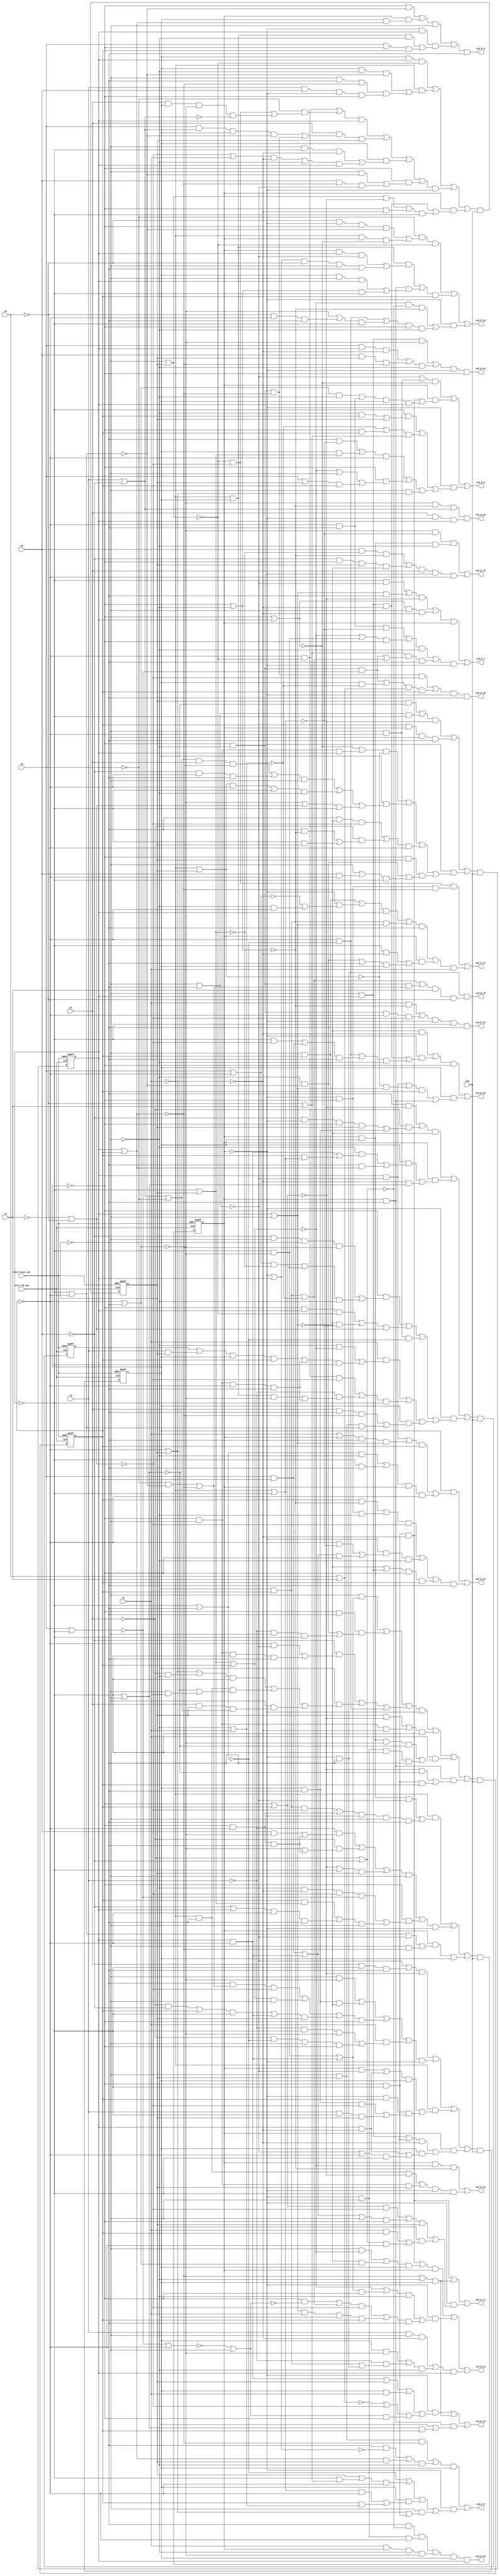
module s1488_bench(
  blif_clk_net,
  blif_reset_net,
  CLR,
  v6,
  v5,
  v4,
  v3,
  v2,
  v1,
  v0,
  v13_D_20,
  v13_D_21,
  v13_D_16,
  v13_D_22,
  v13_D_19,
  v13_D_18,
  v13_D_11,
  v13_D_23,
  v13_D_6,
  v13_D_15,
  v13_D_9,
  v13_D_10,
  v13_D_8,
  v13_D_24,
  v13_D_14,
  v13_D_7,
  v13_D_17,
  v13_D_12,
  v13_D_13);
input blif_clk_net;
input blif_reset_net;
input CLR;
input v6;
input v5;
input v4;
input v3;
input v2;
input v1;
input v0;
output v13_D_20;
output v13_D_21;
output v13_D_16;
output v13_D_22;
output v13_D_19;
output v13_D_18;
output v13_D_11;
output v13_D_23;
output v13_D_6;
output v13_D_15;
output v13_D_9;
output v13_D_10;
output v13_D_8;
output v13_D_24;
output v13_D_14;
output v13_D_7;
output v13_D_17;
output v13_D_12;
output v13_D_13;
reg v12;
reg v11;
reg v10;
reg v9;
reg v8;
reg v7;
wire IIII88;
wire IIII108;
wire IIII267;
wire Av13_D_23B;
wire C199D;
wire IIII365;
wire C131DE;
wire C26D;
wire IIII188;
wire C172D;
wire C185D;
wire C119D;
wire IIII134;
wire IIII27;
wire IIII547;
wire IIII534;
wire IIII177;
wire IIII197;
wire IIII28;
wire IIII226;
wire IIII253;
wire C161D;
wire IIII300;
wire IIII468;
wire C76D;
wire IIII145;
wire IIII203;
wire IIII93;
wire II659;
wire II686;
wire IIII263;
wire C168D;
wire II689;
wire C27D;
wire C110D;
wire IIII69;
wire IIII288;
wire IIII83;
wire C160D;
wire IIII405;
wire IIII41;
wire C90D;
wire v13_D_1;
wire IIII387;
wire Av13_D_13B;
wire C29D;
wire IIII34;
wire IIII429;
wire IIII236;
wire II704;
wire C123D;
wire C153D;
wire C124DE;
wire IIII500;
wire IIII409;
wire IIII321;
wire IIII489;
wire IIII498;
wire C99D;
wire v3E;
wire IIII296;
wire IIII518;
wire IIII129;
wire C82D;
wire v4E;
wire IIII442;
wire IIII318;
wire C104DE;
wire C38D;
wire IIII161;
wire IIII506;
wire v13_D_2C;
wire IIII98;
wire C86D;
wire IIII533;
wire C105D;
wire IIII151;
wire IIII35;
wire Av13_D_9B;
wire Av13_D_0B;
wire II692;
wire C118D;
wire IIII415;
wire C144DE;
wire IIII475;
wire IIII278;
wire C88D;
wire IIII368;
wire C83D;
wire IIII105;
wire IIII444;
wire II716;
wire IIII359;
wire C138D;
wire IIII482;
wire C67D;
wire IIII554;
wire Av13_D_3B;
wire IIII72;
wire C215D;
wire IIII210;
wire IIII68;
wire IIII452;
wire Av13_D_11B;
wire IIII406;
wire IIII227;
wire IIII82;
wire IIII213;
wire v12E;
wire II114;
wire C202D;
wire II329;
wire IIII464;
wire IIII245;
wire C78D;
wire IIII157;
wire II142;
wire C109D;
wire IIII269;
wire C104D;
wire C167D;
wire IIII310;
wire IIII317;
wire C194DE;
wire C184D;
wire Av13_D_14B;
wire IIII297;
wire II650;
wire C169D;
wire IIII435;
wire C44D;
wire IIII91;
wire IIII329;
wire II707;
wire IIII123;
wire C180D;
wire IIII449;
wire II294;
wire IIII342;
wire IIII360;
wire II246;
wire IIII114;
wire C42D;
wire IIII302;
wire C126D;
wire IIII282;
wire IIII40;
wire Av13_D_24B;
wire C59D;
wire C45D;
wire IIII79;
wire v13_D_4C;
wire IIII212;
wire C117D;
wire IIII386;
wire II368;
wire v2E;
wire IIII222;
wire IIII501;
wire IIII71;
wire IIII483;
wire IIII260;
wire IIII86;
wire IIII92;
wire C120D;
wire IIII470;
wire IIII117;
wire C48D;
wire C188D;
wire C146D;
wire IIII58;
wire IIII39;
wire IIII55;
wire IIII128;
wire Av13_D_20B;
wire IIII95;
wire IIII516;
wire IIII281;
wire IIII513;
wire C81DE;
wire II722;
wire C189D;
wire IIII375;
wire IIII106;
wire IIII73;
wire C63D;
wire IIII243;
wire IIII299;
wire C100D;
wire IIII311;
wire IIII148;
wire IIII31;
wire C139D;
wire IIII399;
wire C115D;
wire C186D;
wire C191DE;
wire C134D;
wire IIII287;
wire IIII43;
wire C102D;
wire C97D;
wire IIII341;
wire IIII393;
wire IIII420;
wire IIII48;
wire IIII390;
wire C54D;
wire C30D;
wire II491;
wire IIII520;
wire C207D;
wire IIII127;
wire C98D;
wire IIII170;
wire C150D;
wire II683;
wire II642;
wire IIII196;
wire IIII167;
wire C74D;
wire IIII433;
wire IIII133;
wire IIII339;
wire C55D;
wire C133D;
wire v13_D_1C;
wire v13_D_0;
wire IIII275;
wire IIII205;
wire IIII186;
wire IIII200;
wire IIII471;
wire C141D;
wire IIII116;
wire Av13_D_10B;
wire IIII280;
wire IIII308;
wire IIII54;
wire IIII555;
wire IIII389;
wire C35D;
wire v10E;
wire v7E;
wire IIII350;
wire II653;
wire C220DE;
wire C53D;
wire C166D;
wire IIII199;
wire IIII59;
wire IIII146;
wire IIII262;
wire IIII323;
wire C201D;
wire IIII89;
wire II159;
wire IIII362;
wire IIII36;
wire IIII333;
wire Av13_D_8B;
wire IIII332;
wire IIII276;
wire C77D;
wire IIII242;
wire IIII237;
wire C43D;
wire IIII378;
wire C200D;
wire C177D;
wire C57D;
wire C56D;
wire II101;
wire IIII326;
wire IIII560;
wire IIII476;
wire IIII414;
wire C220D;
wire IIII169;
wire IIII450;
wire C129DE;
wire IIII438;
wire C218DE;
wire C148D;
wire IIII514;
wire IIII247;
wire IIII119;
wire Av13_D_2B;
wire C179D;
wire IIII49;
wire IIII495;
wire C140D;
wire IIII140;
wire C31D;
wire IIII432;
wire C49D;
wire IIII171;
wire IIII430;
wire C187D;
wire IIII80;
wire IIII223;
wire IIII546;
wire C164D;
wire C221D;
wire IIII441;
wire C180DE;
wire v5E;
wire IIII160;
wire v9E;
wire IIII402;
wire C70D;
wire C196D;
wire IIII220;
wire IIII478;
wire IIII272;
wire IIII137;
wire Av13_D_17B;
wire C116D;
wire IIII384;
wire C124D;
wire C166DE;
wire C176D;
wire C137D;
wire IIII97;
wire C142D;
wire C46D;
wire IIII352;
wire IIII369;
wire II497;
wire C165D;
wire C73D;
wire IIII372;
wire II674;
wire C181D;
wire C72D;
wire IIII473;
wire IIII131;
wire IIII446;
wire C91D;
wire IIII62;
wire IIII216;
wire IIII126;
wire IIII45;
wire IIII392;
wire C217D;
wire IIII395;
wire IIII423;
wire v13_D_4;
wire IIII234;
wire IIII508;
wire IIII494;
wire IIII377;
wire C39D;
wire C144D;
wire Av13_D_6B;
wire IIII64;
wire IIII233;
wire IIII84;
wire C89D;
wire Av13_D_22B;
wire IIII439;
wire IIII215;
wire IIII285;
wire IIII503;
wire C128D;
wire IIII130;
wire C130D;
wire C175D;
wire IIII38;
wire IIII320;
wire Av13_D_7B;
wire C37D;
wire C47D;
wire C28D;
wire IIII305;
wire IIII528;
wire IIII456;
wire II671;
wire C191D;
wire IIII485;
wire C113D;
wire C135D;
wire C118DE;
wire C70DE;
wire C112D;
wire II695;
wire Av13_D_21B;
wire v0E;
wire IIII96;
wire IIII396;
wire IIII180;
wire Av13_D_1B;
wire C147D;
wire C195D;
wire IIII153;
wire C87D;
wire IIII256;
wire IIII229;
wire IIII293;
wire IIII447;
wire IIII87;
wire IIII463;
wire IIII291;
wire IIII174;
wire C223D;
wire C90DE;
wire IIII76;
wire Av13_D_16B;
wire Av13_D_5B;
wire v13_D_3C;
wire IIII191;
wire IIII240;
wire IIII425;
wire v11E;
wire IIII347;
wire II542;
wire IIII273;
wire II668;
wire IIII154;
wire IIII189;
wire II548;
wire IIII325;
wire IIII479;
wire IIII538;
wire IIII173;
wire v8E;
wire C157D;
wire IIII111;
wire IIII284;
wire IIII419;
wire Av13_D_18B;
wire IIII239;
wire IIII75;
wire IIII403;
wire C214D;
wire IIII166;
wire C114D;
wire II677;
wire IIII103;
wire IIII52;
wire IIII354;
wire IIII44;
wire IIII336;
wire Av13_D_12B;
wire IIII412;
wire IIII109;
wire IIII104;
wire C85D;
wire C71D;
wire C173D;
wire IIII270;
wire C209D;
wire C162D;
wire C117DE;
wire IIII346;
wire IIII60;
wire C156D;
wire C75D;
wire C108D;
wire II373;
wire II680;
wire IIII457;
wire C79D;
wire C93D;
wire C81D;
wire C145D;
wire C84D;
wire IIII232;
wire Av13_D_15B;
wire IIII306;
wire II254;
wire IIII383;
wire C111D;
wire C163D;
wire C108DE;
wire IIII32;
wire IIII315;
wire IIII380;
wire IIII192;
wire C80D;
wire II665;
wire C203D;
wire C36D;
wire C129D;
wire C151D;
wire C95D;
wire v1E;
wire IIII163;
wire IIII100;
wire C125D;
wire IIII179;
wire IIII208;
wire C40D;
wire C183D;
wire Av13_D_4B;
wire C143D;
wire IIII136;
wire IIII492;
wire IIII363;
wire IIII250;
wire v13_D_0C;
wire C155D;
wire IIII524;
wire C58D;
wire IIII453;
wire IIII328;
wire IIII224;
wire IIII338;
wire C30DE;
wire C165DE;
wire IIII460;
wire IIII113;
wire IIII142;
wire C218D;
wire C193D;
wire C178D;
wire IIII63;
wire C65D;
wire IIII259;
wire v13_D_2;
wire C174D;
wire IIII66;
wire IIII185;
wire C216D;
wire IIII202;
wire C222D;
wire II710;
wire IIII510;
wire C131D;
wire IIII164;
wire IIII124;
wire IIII505;
wire C225D;
wire C157DE;
wire C92D;
wire IIII251;
wire C106D;
wire IIII182;
wire IIII152;
wire IIII537;
wire II143;
wire II701;
wire C206D;
wire IIII218;
wire IIII158;
wire C83DE;
wire C50D;
wire IIII294;
wire IIII335;
wire IIII51;
wire C170D;
wire IIII398;
wire IIII175;
wire IIII149;
wire IIII436;
wire II656;
wire IIII29;
wire C205D;
wire IIII417;
wire IIII156;
wire C195DE;
wire C122D;
wire C96D;
wire C52D;
wire IIII257;
wire C51D;
wire IIII101;
wire C211D;
wire IIII374;
wire II698;
wire IIII176;
wire II610;
wire C194D;
wire C69D;
wire C141DE;
wire IIII461;
wire IIII486;
wire IIII266;
wire v6E;
wire IIII357;
wire C224D;
wire C158D;
wire IIII248;
wire C213D;
wire IIII371;
wire IIII219;
wire IIII314;
wire C132D;
wire IIII194;
wire v13_D_5C;
wire C107D;
wire C152D;
wire IIII356;
wire C34D;
wire IIII344;
wire IIII78;
wire C159D;
wire IIII366;
wire IIII427;
wire C138DE;
wire C103D;
wire IIII381;
wire C49DE;
wire C190D;
wire IIII497;
wire IIII46;
wire IIII120;
wire v13_D_3;
wire C219D;
wire IIII254;
wire II719;
wire C60D;
wire IIII183;
wire IIII65;
wire C192D;
wire IIII559;
wire IIII141;
wire IIII491;
wire II713;
wire II662;
wire IIII206;
wire C210D;
wire IIII349;
wire C208D;
wire C208DE;
wire IIII230;
wire C33D;
wire C127D;
wire C41D;
wire IIII209;
wire IIII466;
wire v13_D_5;
wire IIII303;
wire Av13_D_19B;
always @(posedge blif_clk_net or posedge blif_reset_net)
  if(blif_reset_net == 1)
    v12 <= 0;
  else
    v12 <= v13_D_5C;
always @(posedge blif_clk_net or posedge blif_reset_net)
  if(blif_reset_net == 1)
    v11 <= 0;
  else
    v11 <= v13_D_4C;
always @(posedge blif_clk_net or posedge blif_reset_net)
  if(blif_reset_net == 1)
    v10 <= 0;
  else
    v10 <= v13_D_3C;
always @(posedge blif_clk_net or posedge blif_reset_net)
  if(blif_reset_net == 1)
    v9 <= 0;
  else
    v9 <= v13_D_2C;
always @(posedge blif_clk_net or posedge blif_reset_net)
  if(blif_reset_net == 1)
    v8 <= 0;
  else
    v8 <= v13_D_1C;
always @(posedge blif_clk_net or posedge blif_reset_net)
  if(blif_reset_net == 1)
    v7 <= 0;
  else
    v7 <= v13_D_0C;
assign IIII88 = (v2E&C43D);
assign IIII108 = (C181D&C83DE);
assign IIII267 = (C214D&v7E&v10E);
assign Av13_D_23B = (C216D&v7E&v8E);
assign C199D = (IIII191)|(IIII192);
assign IIII365 = (C56D&v8&v11);
assign C131DE = ((~C131D));
assign C26D = (IIII414)|(IIII415);
assign IIII188 = (C175D&v11);
assign C172D = (IIII478)|(IIII479);
assign v13_D_19 = ((~II665));
assign IIII27 = (C184D&v7);
assign C185D = (IIII491)|(IIII492);
assign C119D = (IIII349)|(IIII350);
assign IIII134 = (v7E&v10&C151D);
assign IIII547 = (v10&v11E);
assign IIII534 = (v8E&v10E);
assign IIII177 = (C137D&C127D);
assign IIII197 = (C158D&v7&v11E);
assign IIII28 = (v7E&C188D);
assign IIII226 = (v8E&v10E&C144DE);
assign IIII253 = (v1E&v10E&C138DE);
assign C161D = (IIII314)|(IIII315);
assign IIII300 = (v0E&C105D);
assign IIII468 = (v9&C83DE);
assign C76D = (C131DE)|(IIII427);
assign IIII145 = (C49DE&C166DE&C220DE);
assign IIII93 = (v7E&C147D);
assign IIII203 = (C34D&v9);
assign II659 = ((~Av13_D_21B));
assign II686 = ((~Av13_D_12B));
assign IIII263 = (v7E&v11&C41D);
assign C168D = (C159D)|(v9);
assign II689 = ((~Av13_D_11B));
assign C27D = (IIII500)|(IIII501);
assign C110D = (IIII229)|(IIII230);
assign IIII69 = (v7&C202D);
assign IIII288 = (v7E&C203D);
assign IIII83 = (C225D&v11);
assign C160D = (IIII341)|(IIII342);
assign IIII405 = (v8E&v9E&C194DE);
assign IIII41 = (v7&v12E&C96D);
assign v13_D_1 = ((~II719));
assign C90D = (v9)|(v12E);
assign IIII387 = (v8E&v9E&C124DE);
assign Av13_D_13B = (IIII27)|(IIII28)|(IIII29);
assign C29D = (C138DE)|(IIII466);
assign IIII34 = (C91D&C165DE);
assign IIII429 = (v9E&C30DE);
assign IIII236 = (v2E&v8&C219D);
assign v13_D_20 = ((~II662));
assign II704 = ((~Av13_D_6B));
assign C123D = (C157DE)|(IIII208)|(IIII209)|(IIII210);
assign C153D = (IIII133)|(IIII134);
assign C124DE = ((~C124D));
assign IIII500 = (v8&v11&C83DE);
assign IIII409 = (v9&v11E);
assign IIII321 = (C33D&v11E&v12E);
assign IIII489 = (v8E&v11);
assign IIII498 = (v8&C117DE);
assign C99D = (IIII111)|(IIII113)|(IIII114);
assign v3E = ((~v3));
assign IIII296 = (v8E&v9E&C124DE&C83DE);
assign IIII518 = ((~II101));
assign IIII129 = (v8E&C72D);
assign C82D = (IIII392)|(IIII393);
assign v4E = ((~v4));
assign IIII442 = (v7E&v8E&v9E);
assign IIII318 = (v11&C118D);
assign C104DE = ((~C104D));
assign C38D = (IIII116)|(IIII117);
assign IIII161 = (C144DE&C191D);
assign IIII506 = (v7E&v9&v10E&v12E);
assign v13_D_2C = (v13_D_2&CLR);
assign IIII98 = (v8E&v12&C87D);
assign C86D = (v9)|(IIII524);
assign IIII533 = (v9&v10);
assign C105D = (IIII449)|(IIII450);
assign v13_D_23 = ((~II653));
assign IIII151 = (v9&C138DE);
assign IIII35 = (C79D&v7&v9&v12E);
assign Av13_D_9B = (C153D&v12E);
assign Av13_D_0B = (IIII71)|(IIII72)|(IIII73);
assign II692 = ((~Av13_D_10B));
assign C118D = (v2E)|(v10E);
assign IIII415 = (v8E&v11E&v12E);
assign C144DE = ((~C144D));
assign IIII475 = (v2E&v8&C138DE);
assign IIII278 = (v10E&C138DE);
assign C88D = (IIII259)|(IIII260);
assign IIII368 = (C30D&C90DE);
assign C83D = (v4E)|(v5E);
assign IIII105 = (v8&C113D);
assign IIII444 = (v3E&v9E);
assign II716 = ((~Av13_D_2B));
assign IIII359 = (v12E&C165DE);
assign C138D = (v11E)|(v12E);
assign IIII482 = (v2&C220DE);
assign C67D = (IIII160)|(IIII161);
assign IIII554 = (v2E&v8&v9E);
assign Av13_D_3B = (IIII34)|(IIII35)|(IIII36);
assign IIII72 = (C38D&v7E);
assign C215D = (IIII438)|(IIII439);
assign IIII210 = (v9&C120D);
assign IIII68 = (C206D&v12E);
assign IIII452 = (v12E&C220DE);
assign Av13_D_11B = (IIII140)|(IIII141)|(IIII142);
assign IIII406 = (v8&v11&C117DE);
assign IIII82 = (v0E&C217D&C108DE);
assign IIII227 = (C139D&v8&v10);
assign IIII213 = (C57D&v10E);
assign v13_D_10 = ((~II692));
assign v12E = ((~v12));
assign II114 = ((~v2));
assign C202D = (IIII272)|(IIII273);
assign II329 = (v3&v7E&v10);
assign IIII464 = (v8E&v10E&v11);
assign IIII245 = (C185D&v8E);
assign C78D = (IIII452)|(IIII453);
assign IIII157 = (C82D&v9E);
assign II142 = (v7E&v9&v11E);
assign C109D = (IIII338)|(IIII339);
assign IIII269 = (v11E&C108DE&C83DE);
assign C104D = (v1)|(v6E);
assign C167D = (IIII380)|(IIII381);
assign IIII310 = (v6E&v9&v12E&C124DE);
assign IIII317 = (v10&v11E);
assign C194DE = ((~C194D));
assign C184D = (IIII182)|(IIII183);
assign Av13_D_14B = (IIII78)|(IIII79)|(IIII80);
assign IIII297 = (C209D&C208D&v11);
assign II650 = ((~Av13_D_24B));
assign C169D = (IIII232)|(IIII233)|(v12)|(IIII234);
assign IIII435 = (v12&C165DE);
assign v13_D_24 = ((~II650));
assign C44D = (IIII473)|(C124DE);
assign IIII91 = (C148D&C131DE);
assign IIII329 = (v9&v12&C30D);
assign II707 = ((~Av13_D_5B));
assign IIII123 = (v8&C162D);
assign C180D = (C194DE)|(v11E);
assign IIII449 = (C108DE&C83DE);
assign II294 = ((~IIII352));
assign IIII342 = (C159D&v8E);
assign IIII360 = (v3E&C59D);
assign II246 = ((~v11));
assign IIII114 = (v9&C97D);
assign C42D = (IIII432)|(IIII433);
assign IIII302 = (v11E&C157DE);
assign C126D = (IIII239)|(IIII240);
assign IIII40 = (v2&C92D);
assign IIII282 = (C36D&v12);
assign Av13_D_24B = (IIII82)|(IIII83)|(IIII84);
assign C59D = (IIII537)|(IIII538);
assign C45D = (C90DE)|(v11E);
assign IIII79 = (v8&C170D);
assign v13_D_4C = (v13_D_4&CLR);
assign IIII212 = (v9E&C49DE);
assign C117D = (v9E)|(v2);
assign IIII386 = (v0&C104D&v8&C30DE);
assign II368 = (v7&v8&v9E);
assign v13_D_7 = ((~II701));
assign v2E = ((~v2));
assign IIII222 = (C156D&C83DE);
assign IIII501 = (v8E&v11E);
assign IIII71 = (v2E&C28D);
assign IIII483 = (v8E&v9E&v11E&C83DE);
assign IIII260 = (v3E&C78D);
assign IIII86 = (C54D&C165DE);
assign IIII92 = (v7&C140D);
assign C120D = (C144D)|(IIII425);
assign IIII470 = (v8&v12E&C83DE);
assign IIII117 = (v8E&C35D);
assign C48D = (IIII136)|(IIII137);
assign C188D = (IIII54)|(IIII55);
assign IIII58 = (C75D&C129DE);
assign C146D = (IIII398)|(IIII399);
assign IIII39 = (C103D&v10E);
assign IIII55 = (C187D&v12E);
assign IIII128 = (v8&C69D);
assign Av13_D_20B = (C138DE&C220DE&C104D&II329);
assign IIII95 = (C76D&C81DE);
assign IIII516 = (v1&v12);
assign IIII281 = (v3E&C29D);
assign IIII513 = (v12E&C166DE&II142);
assign C81DE = ((~C81D));
assign II722 = ((~Av13_D_0B));
assign C189D = (IIII362)|(IIII363);
assign IIII375 = (C86D&v10E);
assign IIII73 = (v7&C31D&v8);
assign IIII106 = (v8E&C114D);
assign C63D = (IIII317)|(IIII318);
assign IIII243 = (C131D&v9&C144DE);
assign IIII299 = (v11E&C108DE);
assign C100D = (IIII429)|(IIII430);
assign IIII311 = (C71D&v9E);
assign IIII148 = (v9&v10E&C144DE);
assign IIII31 = (C108DE&C83DE&II642);
assign C139D = (IIII332)|(IIII333);
assign IIII399 = (v8&C141D);
assign C115D = (IIII299)|(IIII300);
assign C186D = (C49DE)|(IIII245);
assign C191DE = ((~C191D));
assign C134D = (IIII163)|(IIII164);
assign IIII287 = (v9&v11);
assign IIII43 = (v8&v10&C108DE);
assign C102D = (IIII65)|(IIII66)|(II610);
assign C97D = ((~II373));
assign IIII341 = (v11E&C118DE);
assign IIII393 = ((~II143));
assign IIII420 = (v2E&v7&C131DE);
assign IIII48 = (C177D&v8E);
assign IIII390 = (C220D&v10E);
assign C54D = (C90DE)|(IIII412);
assign C30D = (v10E)|(v11E);
assign II491 = (IIII173)|(IIII174)|(IIII175);
assign IIII520 = (v3E&v6E);
assign C207D = (IIII68)|(IIII69);
assign IIII127 = (C73D&v10E);
assign C98D = (C144D)|(IIII444);
assign IIII170 = (v10&v11E);
assign C150D = ((~II294));
assign II683 = ((~Av13_D_13B));
assign II642 = (v7E&v8E&C124DE);
assign IIII196 = (C161D&v11);
assign IIII167 = (v8&v11&C129D);
assign C74D = (IIII129)|(IIII130)|(IIII131)|(II542);
assign IIII433 = (v10&C144DE);
assign IIII133 = (C152D&v9);
assign IIII339 = (v8E&C144DE);
assign C55D = (IIII475)|(IIII476);
assign C133D = (C49DE)|(IIII278);
assign v13_D_14 = ((~II680));
assign v13_D_1C = (v13_D_1&CLR);
assign v13_D_0 = ((~II722));
assign IIII275 = (v7&v8&C90DE);
assign IIII205 = (v8E&C30DE);
assign IIII186 = (v8&v11&C117DE);
assign IIII200 = (v12E&C124D);
assign IIII471 = (v1&v10E&v12);
assign C141D = (v10E)|(v12);
assign IIII116 = (C37D&v9);
assign Av13_D_10B = (IIII123)|(IIII124);
assign IIII280 = (v1E&C26D);
assign IIII308 = (C111D&C144DE);
assign IIII54 = (C186D&v9E);
assign IIII555 = (v0&v8E&v11);
assign v13_D_8 = ((~II698));
assign IIII389 = (v8&v9&v10);
assign C35D = (IIII202)|(IIII203);
assign v10E = ((~v10));
assign v7E = ((~v7));
assign v13_D_13 = ((~II683));
assign II653 = ((~Av13_D_23B));
assign IIII350 = (v11&C117D);
assign C220DE = ((~C220D));
assign C53D = (IIII151)|(IIII152)|(IIII153)|(IIII154);
assign C166D = (v3E)|(v6E);
assign IIII199 = (v9E&C63D);
assign IIII59 = (v7&C67D);
assign IIII146 = (C223D&v8E&v9E);
assign IIII262 = (C42D&v8);
assign IIII323 = (v10E&C127D);
assign IIII89 = (v7&C48D);
assign C201D = (IIII503)|(v12E);
assign II159 = ((~C83D));
assign IIII36 = (v7E&C89D);
assign IIII362 = (v8&C138DE);
assign Av13_D_8B = (IIII91)|(IIII92)|(IIII93);
assign IIII333 = (v11E&v12E);
assign IIII332 = (C138D&v9E);
assign IIII276 = (C27D&v7E&v9&v12E);
assign C77D = (C104D)|(v0E);
assign IIII242 = (C130D&C165DE);
assign IIII237 = (v7&v12E&C221D);
assign C43D = (IIII262)|(IIII263);
assign C200D = (IIII513)|(IIII514);
assign IIII378 = (C218D&v5E&v9&v12E);
assign C177D = (IIII75)|(IIII76);
assign C57D = (IIII365)|(IIII366);
assign II101 = ((~v9));
assign C56D = (v9)|(IIII516);
assign IIII326 = (C81DE&C129D);
assign IIII560 = (v7E&v12E);
assign IIII476 = (v8E&v9&v11E&v12E);
assign IIII414 = (v6&C138DE);
assign C220D = (v8E)|(v9E);
assign IIII169 = (C195D&v8E);
assign IIII450 = (v3&v8&C138DE&C104DE);
assign C129DE = ((~C129D));
assign IIII438 = (v0&v10&C144DE);
assign C218DE = ((~C218D));
assign C148D = (C90DE)|(IIII409);
assign IIII514 = (v2&v7&v9E&C138DE);
assign IIII247 = (v10&C144DE);
assign IIII119 = (C126D&v8);
assign Av13_D_2B = (IIII58)|(IIII59)|(IIII60);
assign IIII49 = (v8&C176D);
assign C179D = (v10)|(IIII518);
assign IIII495 = (v9&v11&C131DE);
assign C140D = (IIII226)|(IIII227);
assign IIII140 = (v8E&v10E&C144DE);
assign C31D = (IIII368)|(IIII369);
assign IIII432 = (v7&C90DE);
assign C49D = (C141D)|(v11);
assign IIII430 = (v1E&v9&v10E);
assign IIII171 = (v8&C193D);
assign v13_D_9 = ((~II695));
assign C187D = (IIII108)|(IIII109);
assign IIII80 = (v7&v12E&C192D);
assign IIII223 = (v7E&C160D&v9E);
assign IIII546 = (v0&v11);
assign C164D = (IIII222)|(IIII223)|(IIII224);
assign C221D = (IIII389)|(IIII390);
assign IIII441 = (v11&C220DE);
assign C180DE = ((~C180D));
assign v5E = ((~v5));
assign IIII160 = (v8&C65D);
assign v9E = ((~v9));
assign IIII402 = (v8&v9E&C30DE);
assign C70D = (v0)|(v11E);
assign C196D = (IIII170)|(v12)|(IIII171)|(II497);
assign IIII220 = (C51D&v12);
assign IIII478 = (v10E&C83DE);
assign IIII272 = (v10E&C144DE);
assign IIII137 = (v8&C46D);
assign Av13_D_17B = (IIII31)|(IIII32);
assign C116D = (IIII103)|(IIII104)|(IIII105)|(IIII106);
assign IIII384 = (v10E&C138DE);
assign C124D = (v10)|(v11);
assign C166DE = ((~C166D));
assign C176D = (IIII188)|(IIII189);
assign C137D = (C117DE)|(IIII489);
assign IIII97 = (C88D&v11E);
assign C142D = (v0)|(v12);
assign C46D = (IIII247)|(IIII248);
assign v13_D_16 = ((~II674));
assign IIII352 = (v8&C124D);
assign IIII369 = (v9&C124DE);
assign II497 = (C208DE)|(C83DE)|(IIII169);
assign C165D = (v8E)|(v11);
assign C73D = (IIII269)|(IIII270);
assign IIII372 = (C129D&v12E);
assign II674 = ((~Av13_D_16B));
assign C181D = (IIII185)|(IIII186);
assign C72D = (IIII310)|(IIII311);
assign IIII473 = (v0E&C30DE);
assign IIII131 = (v9&v11E&C157DE);
assign IIII446 = (v11E&C90DE);
assign C91D = (IIII346)|(IIII347);
assign IIII62 = (v6E&C95D);
assign IIII216 = (C189D&v9E);
assign IIII126 = (v2&C58D);
assign IIII45 = (C116D&v7E);
assign IIII392 = (C81D&v11E);
assign C217D = (IIII419)|(IIII420);
assign IIII395 = (C157D&v9E);
assign IIII423 = (v3E&C157DE);
assign v13_D_4 = ((~II710));
assign IIII234 = (v8&C167D);
assign IIII508 = (v9E&v11E);
assign IIII494 = (v8E&v10&C108DE);
assign IIII377 = (v7&v10&C90DE);
assign C39D = (IIII423)|(v9);
assign C144D = (v11E)|(v12);
assign Av13_D_6B = (IIII119)|(IIII120);
assign IIII64 = (v11E&C157DE);
assign IIII233 = (C168D&v8E);
assign IIII84 = (v7E&C224D);
assign C89D = (IIII95)|(IIII96)|(IIII97)|(IIII98);
assign Av13_D_22B = (IIII266)|(IIII267);
assign IIII439 = (v6&v12&C124DE);
assign IIII215 = (v1&v9&C144DE);
assign IIII285 = (C222D&v10E);
assign IIII503 = (v9E&C30DE);
assign C128D = (IIII405)|(IIII406);
assign IIII130 = (C60D&C83D);
assign C130D = (IIII371)|(IIII372);
assign C175D = (IIII325)|(IIII326);
assign IIII38 = (C102D&v7E);
assign IIII320 = (v11&C141D);
assign Av13_D_7B = (IIII51)|(IIII52);
assign C37D = (IIII280)|(IIII281)|(IIII282);
assign C47D = (IIII533)|(IIII534);
assign C28D = (IIII275)|(IIII276);
assign IIII305 = (v9&C49DE);
assign IIII528 = (v9E&v11);
assign IIII456 = (v9&C30DE);
assign II671 = ((~Av13_D_17B));
assign C191D = (v10E)|(v9);
assign IIII485 = (v6&C141DE&C220DE);
assign C113D = (IIII148)|(IIII149);
assign C135D = (IIII100)|(IIII101);
assign C118DE = ((~C118D));
assign C70DE = ((~C70D));
assign C112D = (IIII308)|(v9E);
assign Av13_D_21B = (C213D&v7E&v10E&v12E);
assign II695 = ((~Av13_D_9B));
assign v0E = ((~v0));
assign IIII96 = (v8&C85D);
assign v13_D_6 = ((~II704));
assign IIII396 = (v10E&v12E);
assign IIII180 = (C173D&v9E);
assign Av13_D_1B = (IIII86)|(IIII87)|(IIII88)|(IIII89);
assign C147D = (IIII176)|(IIII177)|(II491);
assign C195D = (C180DE)|(v9);
assign IIII153 = (C52D&v8E);
assign C87D = (IIII374)|(IIII375);
assign IIII256 = (v9&v10&C138DE);
assign IIII229 = (v9&v10&C144DE);
assign IIII447 = (v8E&v9&v10E&v12E);
assign IIII293 = (C138DE&C118DE&II368);
assign IIII87 = (C53D&v7E);
assign IIII463 = (C165DE&C191DE);
assign IIII291 = (C142D&v11);
assign IIII174 = (v8E&C143D);
assign C223D = (IIII284)|(IIII285);
assign C90DE = ((~C90D));
assign IIII76 = (v7E&C174D);
assign Av13_D_16B = (C200D&v8&v10);
assign Av13_D_5B = (IIII43)|(IIII44)|(IIII45)|(IIII46);
assign v13_D_3C = (v13_D_3&CLR);
assign IIII191 = (v8&v11&C117DE);
assign IIII240 = (C125D&v9E);
assign IIII425 = (v8E&v10E);
assign v11E = ((~v11));
assign IIII347 = (C90D&v10E);
assign II542 = (IIII126)|(IIII127)|(IIII128);
assign II668 = ((~Av13_D_18B));
assign IIII273 = (C201D&v8);
assign IIII154 = (v2&C40D);
assign IIII189 = (v7&v12E);
assign II548 = (C199D&v4&v5E);
assign IIII325 = (v10&C90DE);
assign IIII479 = (v0&v11);
assign IIII538 = (v8&v12E);
assign IIII173 = (C146D&v11E);
assign C157D = (v10E)|(v12E);
assign v8E = ((~v8));
assign IIII111 = (C98D&v10E);
assign IIII284 = (v11E&C157DE);
assign IIII419 = (v5E&v7E&v8E&C30DE);
assign Av13_D_18B = (C210D&v7E&v12E);
assign IIII239 = (v9&v12&C124DE);
assign IIII75 = (C129DE&C144DE);
assign IIII403 = (v9&v12E&C124DE&II254);
assign C214D = (IIII460)|(IIII461);
assign IIII166 = (C205D&v10);
assign C114D = (IIII456)|(IIII457);
assign II677 = ((~Av13_D_15B));
assign IIII52 = (C135D&v7E);
assign IIII103 = (C115D&v10);
assign IIII354 = (C191D&v11);
assign IIII44 = (v2E&C106D);
assign v13_D_15 = ((~II677));
assign IIII336 = (C124D&v12);
assign Av13_D_12B = (IIII48)|(IIII49);
assign IIII412 = (v3&v10E&v12E);
assign IIII109 = (C179D&v2&v8&v11);
assign IIII104 = (v3&C107D&v12);
assign C85D = (IIII156)|(IIII157)|(IIII158);
assign C71D = (IIII383)|(IIII384);
assign C173D = (IIII302)|(IIII303);
assign C209D = (IIII497)|(IIII498);
assign IIII270 = (v1E&C55D);
assign C162D = (IIII196)|(IIII197);
assign C117DE = ((~C117D));
assign IIII346 = (v12&C191DE);
assign IIII60 = (v7E&C74D);
assign C156D = (IIII441)|(IIII442);
assign C108D = (v9)|(v12);
assign C75D = (IIII359)|(IIII360);
assign II373 = ((~IIII194));
assign II680 = ((~Av13_D_14B));
assign IIII457 = (v6&C124DE&C90DE);
assign C79D = ((~II246));
assign C93D = (C191DE)|(IIII468);
assign C81D = (v2E)|(v12);
assign C145D = (IIII528)|(v12);
assign C84D = (C138DE)|(IIII344);
assign IIII232 = (C165D&C83DE);
assign Av13_D_15B = (v7E&v12E&II548);
assign IIII306 = (C129DE&C138D);
assign II254 = (v1&v6&v7E&v8E);
assign IIII383 = (C70D&C141DE);
assign C111D = (C83DE)|(v2);
assign C163D = (C129DE)|(IIII510);
assign C108DE = ((~C108D));
assign IIII32 = (C207D&v2);
assign IIII315 = (C155D&v12E&C129D);
assign IIII380 = (v2&v11);
assign IIII192 = (v8E&v9E&C44D);
assign II665 = ((~Av13_D_19B));
assign C80D = (IIII250)|(IIII251);
assign C203D = (C70DE)|(IIII508);
assign C36D = (C165DE)|(v10E);
assign C129D = (v9)|(v10);
assign C151D = (IIII554)|(IIII555);
assign C95D = (IIII446)|(IIII447);
assign v1E = ((~v1));
assign IIII163 = (v11E&v12E&C118DE);
assign v13_D_12 = ((~II686));
assign IIII100 = (C134D&v9E);
assign C125D = (IIII335)|(IIII336);
assign IIII179 = (v9&v10&C144DE);
assign IIII208 = (C122D&v11E);
assign C40D = (IIII253)|(IIII254);
assign C183D = (IIII305)|(IIII306);
assign Av13_D_4B = (IIII38)|(IIII39)|(IIII40)|(IIII41);
assign C143D = (C49DE)|(v9)|(IIII291);
assign IIII136 = (C47D&C144DE);
assign IIII492 = (v10&v11E);
assign IIII363 = (v1E&C178D);
assign IIII250 = (C77D&v3&C138DE);
assign v13_D_0C = (v13_D_0&CLR);
assign C155D = (v2)|(v7);
assign IIII524 = (v6&v11E);
assign C58D = (IIII212)|(IIII213);
assign IIII453 = (v10E&v12);
assign IIII328 = (v3&v12E&C124DE);
assign IIII224 = (C163D&v8E&v11);
assign IIII338 = (C108D&C165DE);
assign C30DE = ((~C30D));
assign C165DE = ((~C165D));
assign IIII460 = (v2E&v12E&C165DE);
assign IIII113 = (v2E&v12E&C93D);
assign IIII142 = (v7E&C169D);
assign C193D = ((~II114));
assign C218D = (v7E)|(v10);
assign C178D = (IIII559)|(IIII560);
assign IIII63 = (v8&C99D);
assign C65D = (IIII199)|(IIII200);
assign IIII259 = (v12E&C129DE&C83DE);
assign v13_D_2 = ((~II716));
assign v13_D_11 = ((~II689));
assign C174D = (IIII179)|(IIII180);
assign IIII66 = (v8E&v12E&C100D);
assign IIII185 = (v8E&C195DE);
assign C216D = (IIII256)|(IIII257);
assign IIII202 = (v9E&C144DE&C83DE&C194DE);
assign C222D = (C138DE)|(IIII417);
assign II710 = ((~Av13_D_4B));
assign IIII510 = (v9&v10);
assign C131D = (v8E)|(v10);
assign IIII124 = (C164D&v12E);
assign IIII164 = (C133D&v8E);
assign IIII505 = (v7&v8&C138DE&C191DE);
assign C225D = (IIII236)|(IIII237);
assign C157DE = ((~C157D));
assign IIII251 = (v6E&v11E&v12E);
assign C92D = (IIII505)|(IIII506);
assign IIII182 = (v8E&v10E&C144DE);
assign C106D = (IIII402)|(IIII403);
assign IIII152 = (v8&v12E&C129DE);
assign IIII537 = (v6E&v7E&v8E&v12);
assign II143 = ((~v10E));
assign II701 = ((~Av13_D_7B));
assign C206D = (IIII166)|(IIII167);
assign IIII218 = (v12E&C44D&C83DE);
assign IIII158 = (C84D&v10E);
assign C83DE = ((~C83D));
assign C50D = (IIII520)|(v11);
assign IIII335 = (v12E&C218DE);
assign IIII294 = (C211D&v3&v7E&v11E);
assign IIII51 = (C132D&v7);
assign C170D = (C124DE)|(v9E);
assign IIII398 = (v12E&C118DE);
assign v13_D_22 = ((~II656));
assign IIII175 = (v9&C144D);
assign v13_D_18 = ((~II668));
assign IIII149 = (C112D&v10);
assign IIII436 = (v8E&v9&C144DE);
assign II656 = ((~Av13_D_22B));
assign IIII29 = (C190D&v10);
assign C205D = (IIII287)|(IIII288);
assign IIII417 = (v5E&v11E&v12E);
assign IIII156 = (C80D&v9);
assign C195DE = ((~C195D));
assign C122D = (v12)|(IIII323);
assign C96D = (IIII463)|(IIII464);
assign C52D = (IIII218)|(IIII219)|(IIII220);
assign IIII257 = (C215D&v9E);
assign C51D = (IIII356)|(IIII357);
assign IIII101 = (C127D&C128D&v12E);
assign C211D = (IIII485)|(IIII486);
assign IIII374 = (v9E&C30DE);
assign II698 = ((~Av13_D_8B));
assign IIII176 = (v10E&C145D);
assign II610 = (IIII62)|(IIII63)|(IIII64);
assign C194D = (v0)|(v10E);
assign C69D = (IIII328)|(IIII329);
assign C141DE = ((~C141D));
assign IIII461 = (v8E&v9&v12);
assign IIII486 = (v6E&v8E&v12&C129DE);
assign IIII357 = (v10&v11E);
assign v6E = ((~v6));
assign IIII266 = (v7&C49DE&C220DE);
assign C224D = (IIII145)|(IIII146);
assign C158D = (IIII395)|(IIII396);
assign IIII248 = (C45D&v10E);
assign IIII371 = (v10E&C90DE);
assign C213D = (IIII482)|(IIII483);
assign IIII219 = (C49D&v9);
assign IIII314 = (v10&C90DE);
assign C132D = (IIII242)|(IIII243);
assign IIII194 = (v3&v12&C77D);
assign v13_D_5C = (v13_D_5&CLR);
assign C107D = (IIII386)|(IIII387);
assign C152D = (IIII205)|(IIII206);
assign IIII356 = (C50D&v10E);
assign C34D = (IIII320)|(IIII321);
assign IIII344 = ((~II159));
assign IIII78 = (v7E&C196D);
assign C159D = (IIII546)|(IIII547);
assign IIII366 = (v8E&v9&v11E&v12E);
assign IIII427 = (v8E&v9&v10);
assign C138DE = ((~C138D));
assign C103D = (IIII435)|(IIII436);
assign IIII381 = (C166D&v11E);
assign C49DE = ((~C49D));
assign C190D = (IIII215)|(IIII216);
assign IIII497 = (v8E&v9E&C194DE);
assign IIII46 = (v7&C110D);
assign IIII120 = (v7E&C123D);
assign v13_D_17 = ((~II671));
assign v13_D_3 = ((~II713));
assign C219D = (IIII377)|(IIII378);
assign II719 = ((~Av13_D_1B));
assign IIII254 = (C39D&v8E);
assign C60D = (IIII494)|(IIII495);
assign IIII183 = (C183D&v8);
assign IIII65 = (v9&C185D);
assign v13_D_21 = ((~II659));
assign C192D = (v8)|(IIII354);
assign IIII559 = (v8&v11);
assign IIII141 = (C170D&v8);
assign IIII491 = (v10E&C138DE);
assign II713 = ((~Av13_D_3B));
assign II662 = ((~Av13_D_20B));
assign IIII206 = (v7&C150D);
assign C210D = (IIII296)|(IIII297);
assign IIII349 = (C118D&v11E);
assign C208DE = ((~C208D));
assign C208D = (v5)|(v4);
assign IIII230 = (C109D&v10E);
assign C33D = (v6E)|(v10);
assign C127D = (v5E)|(v4);
assign C41D = (IIII470)|(IIII471);
assign IIII209 = (v8&C119D);
assign IIII466 = (v8E&v11E&v12E);
assign v13_D_5 = ((~II707));
assign IIII303 = (C172D&v12E);
assign Av13_D_19B = (IIII293)|(IIII294);
endmodule